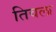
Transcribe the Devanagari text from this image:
तिवला